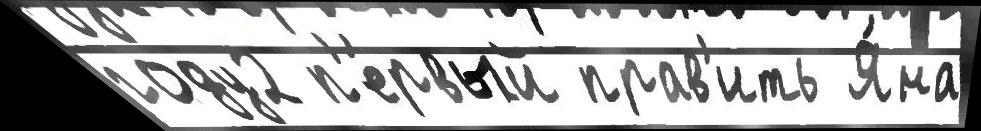
году2 п'е́рвый прав'ить Я́на